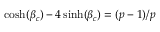
\cosh ( \beta _ { c } ) - 4 \sinh ( \beta _ { c } ) = ( p - 1 ) / p